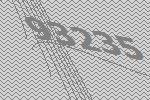
93235